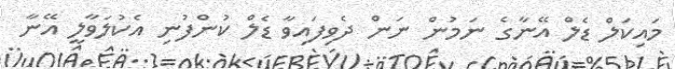
މައިކަލް ޑެލް އޭނާގެ ނަމުން ނަން ދެވިފައިވާ ޑެލް ކުންފުނި އެކުލަވާލީ އޭނާ